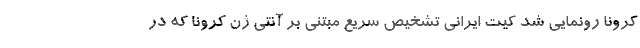
کرونا رونمایی شد کیت ایرانی تشخیص سریع مبتنی بر آنتی ژن کرونا که در